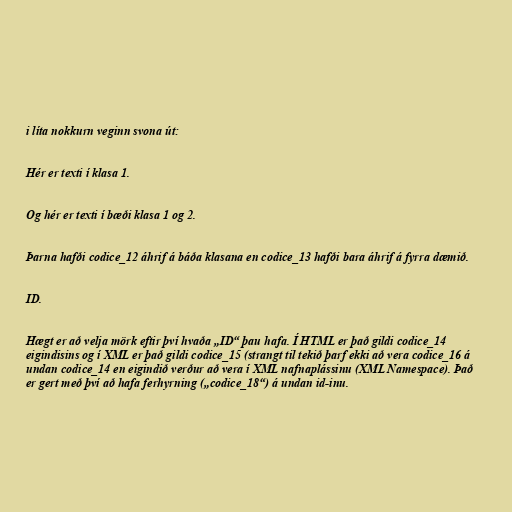
i líta nokkurn veginn svona út:

Hér er texti í klasa 1.

Og hér er texti í bæði klasa 1 og 2.

Þarna hafði codice_12 áhrif á báða klasana en codice_13 hafði bara áhrif á fyrra dæmið.

ID.

Hægt er að velja mörk eftir því hvaða „ID“ þau hafa. Í HTML er það gildi codice_14
eigindisins og í XML er það gildi codice_15 (strangt til tekið þarf ekki að vera codice_16 á
undan codice_14 en eigindið verður að vera í XML nafnaplássinu (XML Namespace). Það
er gert með því að hafa ferhyrning („codice_18“) á undan id-inu.